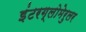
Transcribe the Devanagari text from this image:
इंटरग्लोमेरुलर